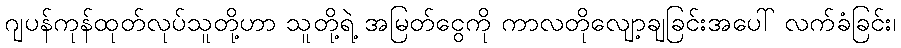
ဂျပန်ကုန်ထုတ်လုပ်သူတို့ဟာ သူတို့ရဲ့ အမြတ်ငွေကို ကာလတိုလျော့ချခြင်းအပေါ် လက်ခံခြင်း၊